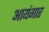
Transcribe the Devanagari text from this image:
आयंगार